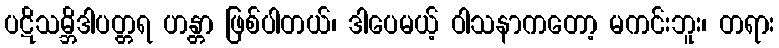
ပဋိသမ္ဘိဒါပတ္တရ ဟန္တာ ဖြစ်ပါတယ်၊ ဒါပေမယ့် ဝါသနာကတော့ မကင်းဘူး၊ တရား